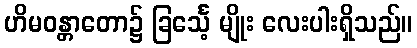
ဟိမဝန္တာတော၌ ခြင်္သေ့ မျိုး လေးပါးရှိသည်။